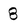
Character: 8